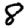
Digit: 8